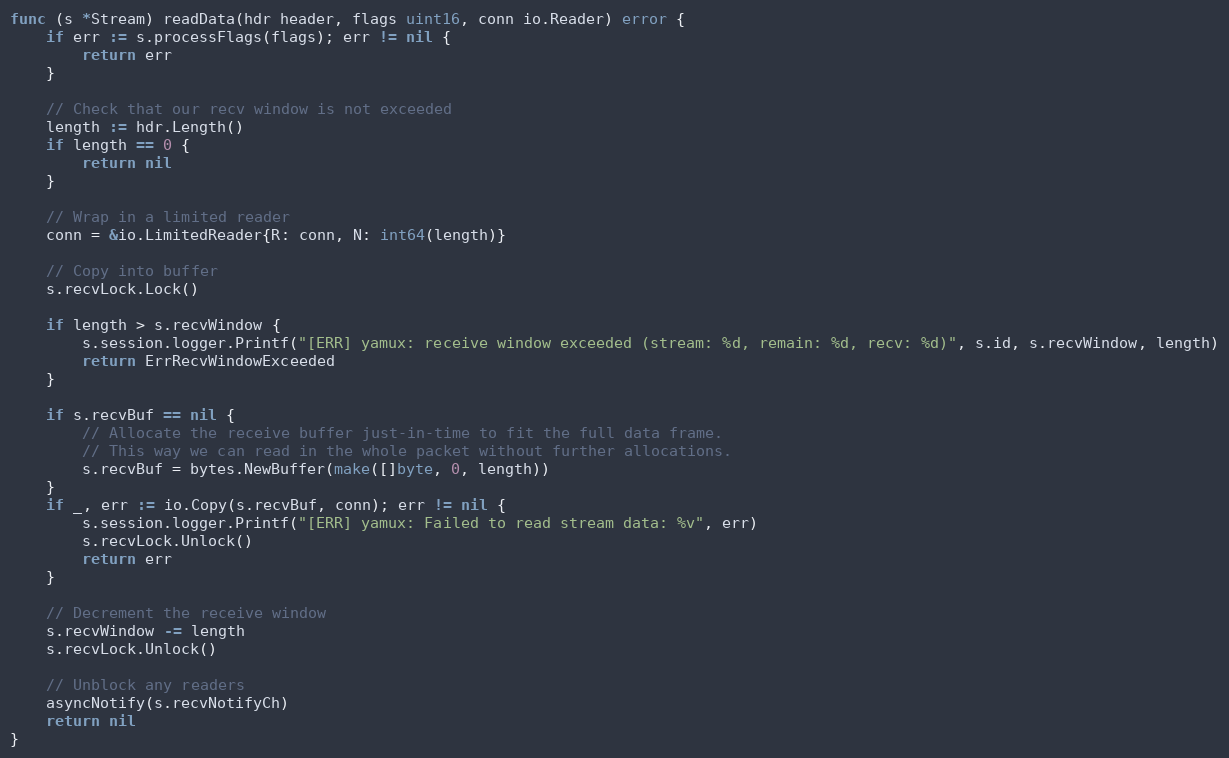
Language: Go
func (s *Stream) readData(hdr header, flags uint16, conn io.Reader) error {
	if err := s.processFlags(flags); err != nil {
		return err
	}

	// Check that our recv window is not exceeded
	length := hdr.Length()
	if length == 0 {
		return nil
	}

	// Wrap in a limited reader
	conn = &io.LimitedReader{R: conn, N: int64(length)}

	// Copy into buffer
	s.recvLock.Lock()

	if length > s.recvWindow {
		s.session.logger.Printf("[ERR] yamux: receive window exceeded (stream: %d, remain: %d, recv: %d)", s.id, s.recvWindow, length)
		return ErrRecvWindowExceeded
	}

	if s.recvBuf == nil {
		// Allocate the receive buffer just-in-time to fit the full data frame.
		// This way we can read in the whole packet without further allocations.
		s.recvBuf = bytes.NewBuffer(make([]byte, 0, length))
	}
	if _, err := io.Copy(s.recvBuf, conn); err != nil {
		s.session.logger.Printf("[ERR] yamux: Failed to read stream data: %v", err)
		s.recvLock.Unlock()
		return err
	}

	// Decrement the receive window
	s.recvWindow -= length
	s.recvLock.Unlock()

	// Unblock any readers
	asyncNotify(s.recvNotifyCh)
	return nil
}